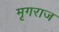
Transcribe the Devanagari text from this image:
मृगराज